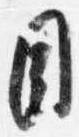
目